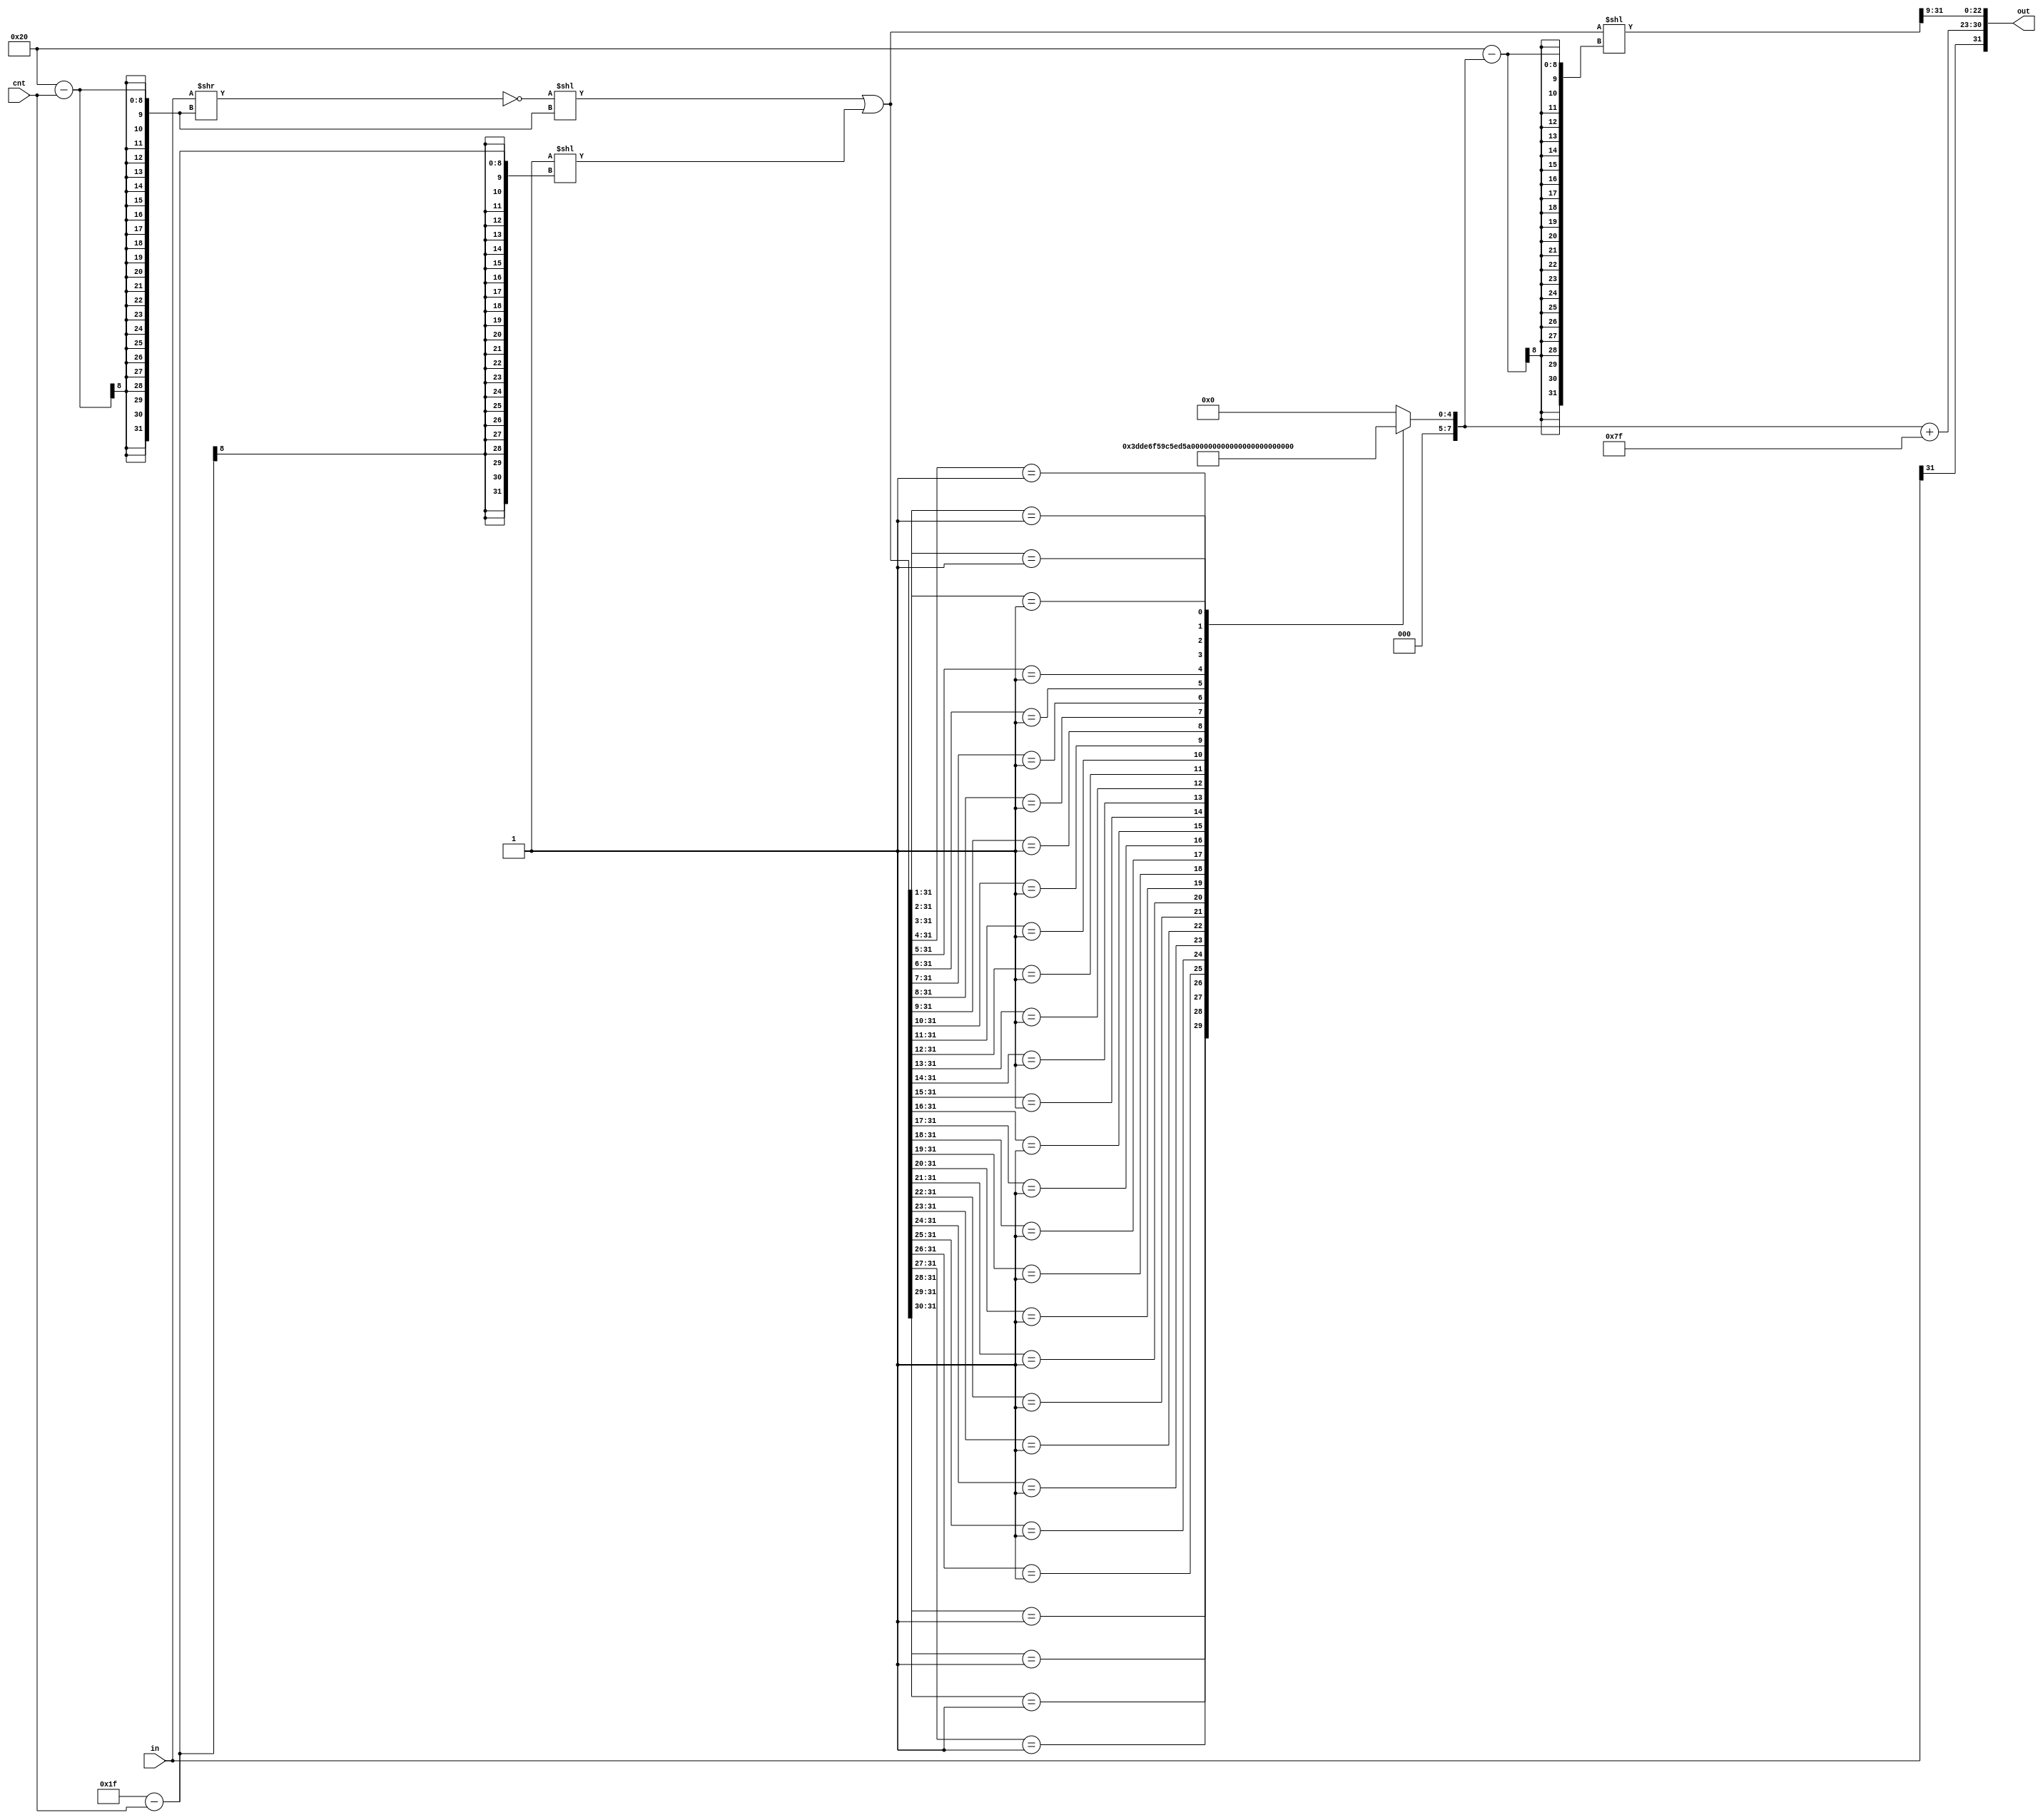
`timescale 1ns / 1ps
//////////////////////////////////////////////////////////////////////////////////
// Company: 
// Engineer: 
// 
// Design Name: 
// Module Name: get_negative
// Project Name: 
// Target Devices: 
// Tool Versions: 
// Description: 
// 
// Dependencies: 
// 
// Revision:
// Revision 0.01 - File Created
// Additional Comments:
// 
//////////////////////////////////////////////////////////////////////////////////


module get_negative(in,cnt,out);
    input [31:0] in;
    input [7:0] cnt;
    output reg[31:0] out;
    
    reg [31:0] after_shift, after_shift2;
    reg [7:0] ccnt;
    always @(*) begin
        after_shift = (~(in >> (32 - cnt))) << (32 - cnt) | (1 << (31 - cnt));
        casex (after_shift)
            32'b01xx_xxxx_xxxx_xxxx_xxxx_xxxx_xxxx_xxxx :    
                begin
                    ccnt = 8'd30;
                end
            32'b001x_xxxx_xxxx_xxxx_xxxx_xxxx_xxxx_xxxx :     
                begin                        
                    ccnt = 8'd29;
                end
            32'b0001_xxxx_xxxx_xxxx_xxxx_xxxx_xxxx_xxxx :     
                begin                        
                    ccnt = 8'd28;
                end
            32'b0000_1xxx_xxxx_xxxx_xxxx_xxxx_xxxx_xxxx :     
                begin                             
                    ccnt = 8'd27;
                end
            32'b0000_01xx_xxxx_xxxx_xxxx_xxxx_xxxx_xxxx :     
                begin                        
                    ccnt = 8'd26;
                end
            32'b0000_001x_xxxx_xxxx_xxxx_xxxx_xxxx_xxxx :     
                begin                        
                    ccnt = 8'd25;
                end
            32'b0000_0001_xxxx_xxxx_xxxx_xxxx_xxxx_xxxx :     
                begin                        
                    ccnt = 8'd24;
                end
            32'b0000_0000_1xxx_xxxx_xxxx_xxxx_xxxx_xxxx :     
                begin                        
                    ccnt = 8'd23;
                end
            32'b0000_0000_01xx_xxxx_xxxx_xxxx_xxxx_xxxx :     
                begin                        
                    ccnt = 8'd22;
                end
            32'b0000_0000_001x_xxxx_xxxx_xxxx_xxxx_xxxx :     
                begin                        
                    ccnt = 8'd21;
                end 
            32'b0000_0000_0001_xxxx_xxxx_xxxx_xxxx_xxxx :     
                begin                        
                    ccnt = 8'd20;
                end
            32'b0000_0000_0000_1xxx_xxxx_xxxx_xxxx_xxxx :     
                begin                        
                   ccnt = 8'd19;
                end
            32'b0000_0000_0000_01xx_xxxx_xxxx_xxxx_xxxx :     
                begin                       
                    ccnt = 8'd18;
                end
            32'b0000_0000_0000_001x_xxxx_xxxx_xxxx_xxxx :     
                begin                        
                    ccnt = 8'd17;
                end
            32'b0000_0000_0000_0001_xxxx_xxxx_xxxx_xxxx :     
                begin                        
                    ccnt = 8'd16;
                end
            32'b0000_0000_0000_0000_1xxx_xxxx_xxxx_xxxx :     
                begin                        
                    ccnt = 8'd15;
                end
            32'b0000_0000_0000_0000_01xx_xxxx_xxxx_xxxx :     
                begin                        
                    ccnt = 8'd14;
                end
            32'b0000_0000_0000_0000_001x_xxxx_xxxx_xxxx :     
                begin                        
                    ccnt = 8'd13;
                end
            32'b0000_0000_0000_0000_0001_xxxx_xxxx_xxxx :     
                begin                        
                    ccnt = 8'd12;
                end
            32'b0000_0000_0000_0000_0000_1xxx_xxxx_xxxx :     
                begin                        
                    ccnt = 8'd11;
                end
            32'b0000_0000_0000_0000_0000_01xx_xxxx_xxxx :    
                begin                        // 24'h000008
                    ccnt = 8'd10;
                end
            32'b0000_0000_0000_0000_0000_001x_xxxx_xxxx :     
                begin                        // 24'h000004
                    ccnt = 8'd9;
                end
            32'b0000_0000_0000_0000_0000_0001_xxxx_xxxx :     
                begin                        // 24'h000002
                    ccnt = 8'd8;
                end
            32'b0000_0000_0000_0000_0000_0000_1xxx_xxxx :     
                begin                        // 24'h000001
                    ccnt = 8'd7;
                end
            32'b0000_0000_0000_0000_0000_0000_01xx_xxxx :     
                begin                        // 24'h000000
                    ccnt = 8'd6;
                end
            32'b0000_0000_0000_0000_0000_0000_001x_xxxx :    
                begin
                    ccnt = 8'd5;
                end
            32'b0000_0000_0000_0000_0000_0000_0001_xxxx :    
                begin
                    ccnt = 8'd4;
                end
            32'b0000_0000_0000_0000_0000_0000_0000_1xxx :    
                begin
                    ccnt = 8'd3;
                end
            32'b0000_0000_0000_0000_0000_0000_0000_01xx :    
                begin
                    ccnt = 8'd2;
                end
            32'b0000_0000_0000_0000_0000_0000_0000_001x :    
                begin
                    ccnt = 8'd1;
                end
            32'b0000_0000_0000_0000_0000_0000_0000_0001 :    
                begin
                    ccnt = 8'd0;
                end
            default:     
                begin
                    ccnt = 8'd0;
                end
        endcase
        after_shift2 = after_shift << (32 - ccnt);
        out = {in[31], ccnt + 8'd127, after_shift2[31:9]};
    end
endmodule